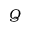
Q